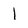
Character: l